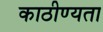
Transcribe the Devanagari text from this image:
काठीण्‍यता